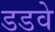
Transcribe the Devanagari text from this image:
डडवे